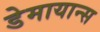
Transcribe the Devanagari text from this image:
डेमायान्स